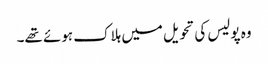
وہ پولیس کی تحویل میں ہلاک ہوئے تھے۔